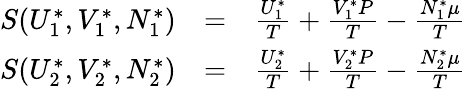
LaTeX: \begin{array}{rlr}{S(U_{1}^{*},V_{1}^{*},N_{1}^{*})}&{=}&{\frac{U_{1}^{*}}{T}+\frac{V_{1}^{*}P}{T}-\frac{N_{1}^{*}\mu}{T}}\\ {S(U_{2}^{*},V_{2}^{*},N_{2}^{*})}&{=}&{\frac{U_{2}^{*}}{T}+\frac{V_{2}^{*}P}{T}-\frac{N_{2}^{*}\mu}{T}}\end{array}